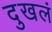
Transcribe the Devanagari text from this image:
दुखलं